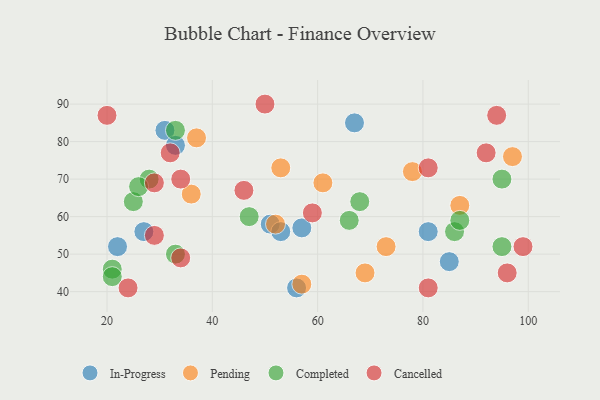
{"axis": {"x": "GDP", "y": "Life Expectancy"}, "legend": ["Cancelled", "Completed", "In-Progress", "Pending"], "data": [{"x": "67", "y": 85, "type": "In-Progress"}, {"x": "51", "y": 58, "type": "In-Progress"}, {"x": "57", "y": 57, "type": "In-Progress"}, {"x": "31", "y": 83, "type": "In-Progress"}, {"x": "56", "y": 41, "type": "In-Progress"}, {"x": "22", "y": 52, "type": "In-Progress"}, {"x": "81", "y": 56, "type": "In-Progress"}, {"x": "53", "y": 56, "type": "In-Progress"}, {"x": "85", "y": 48, "type": "In-Progress"}, {"x": "27", "y": 56, "type": "In-Progress"}, {"x": "33", "y": 79, "type": "In-Progress"}, {"x": "37", "y": 81, "type": "Pending"}, {"x": "52", "y": 58, "type": "Pending"}, {"x": "53", "y": 73, "type": "Pending"}, {"x": "87", "y": 63, "type": "Pending"}, {"x": "36", "y": 66, "type": "Pending"}, {"x": "57", "y": 42, "type": "Pending"}, {"x": "73", "y": 52, "type": "Pending"}, {"x": "78", "y": 72, "type": "Pending"}, {"x": "97", "y": 76, "type": "Pending"}, {"x": "69", "y": 45, "type": "Pending"}, {"x": "61", "y": 69, "type": "Pending"}, {"x": "33", "y": 83, "type": "Completed"}, {"x": "86", "y": 56, "type": "Completed"}, {"x": "95", "y": 70, "type": "Completed"}, {"x": "66", "y": 59, "type": "Completed"}, {"x": "28", "y": 70, "type": "Completed"}, {"x": "87", "y": 59, "type": "Completed"}, {"x": "25", "y": 64, "type": "Completed"}, {"x": "21", "y": 46, "type": "Completed"}, {"x": "47", "y": 60, "type": "Completed"}, {"x": "21", "y": 44, "type": "Completed"}, {"x": "95", "y": 52, "type": "Completed"}, {"x": "26", "y": 68, "type": "Completed"}, {"x": "68", "y": 64, "type": "Completed"}, {"x": "33", "y": 50, "type": "Completed"}, {"x": "92", "y": 77, "type": "Cancelled"}, {"x": "29", "y": 55, "type": "Cancelled"}, {"x": "32", "y": 77, "type": "Cancelled"}, {"x": "20", "y": 87, "type": "Cancelled"}, {"x": "96", "y": 45, "type": "Cancelled"}, {"x": "59", "y": 61, "type": "Cancelled"}, {"x": "99", "y": 52, "type": "Cancelled"}, {"x": "34", "y": 70, "type": "Cancelled"}, {"x": "94", "y": 87, "type": "Cancelled"}, {"x": "34", "y": 49, "type": "Cancelled"}, {"x": "81", "y": 73, "type": "Cancelled"}, {"x": "81", "y": 41, "type": "Cancelled"}, {"x": "29", "y": 69, "type": "Cancelled"}, {"x": "50", "y": 90, "type": "Cancelled"}, {"x": "46", "y": 67, "type": "Cancelled"}, {"x": "24", "y": 41, "type": "Cancelled"}]}